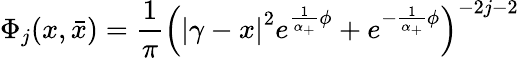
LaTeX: \Phi_{j}(x,\bar{x})=\frac 1\pi\left(\left|\gamma-x\right|^{2}e^{\frac 1{\alpha_{+}}\phi}+e^{-\frac 1{\alpha_{+}}\phi}\right)^{-2j-2}